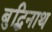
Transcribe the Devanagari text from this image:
बुद्धिनाथ